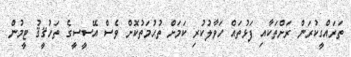
ތަރައްގީކުރަން ރަށްތަކާއި ފަޅުތައް ހަވާލުކުރި ކަމަށް ތުހުމަތުކޮށް ވެސް އޭސީސީގެ ތަހުޤީޤު ޓީމުން